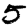
Digit: 5